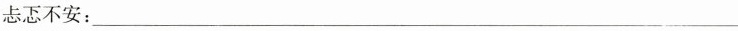
忐忑不安：___